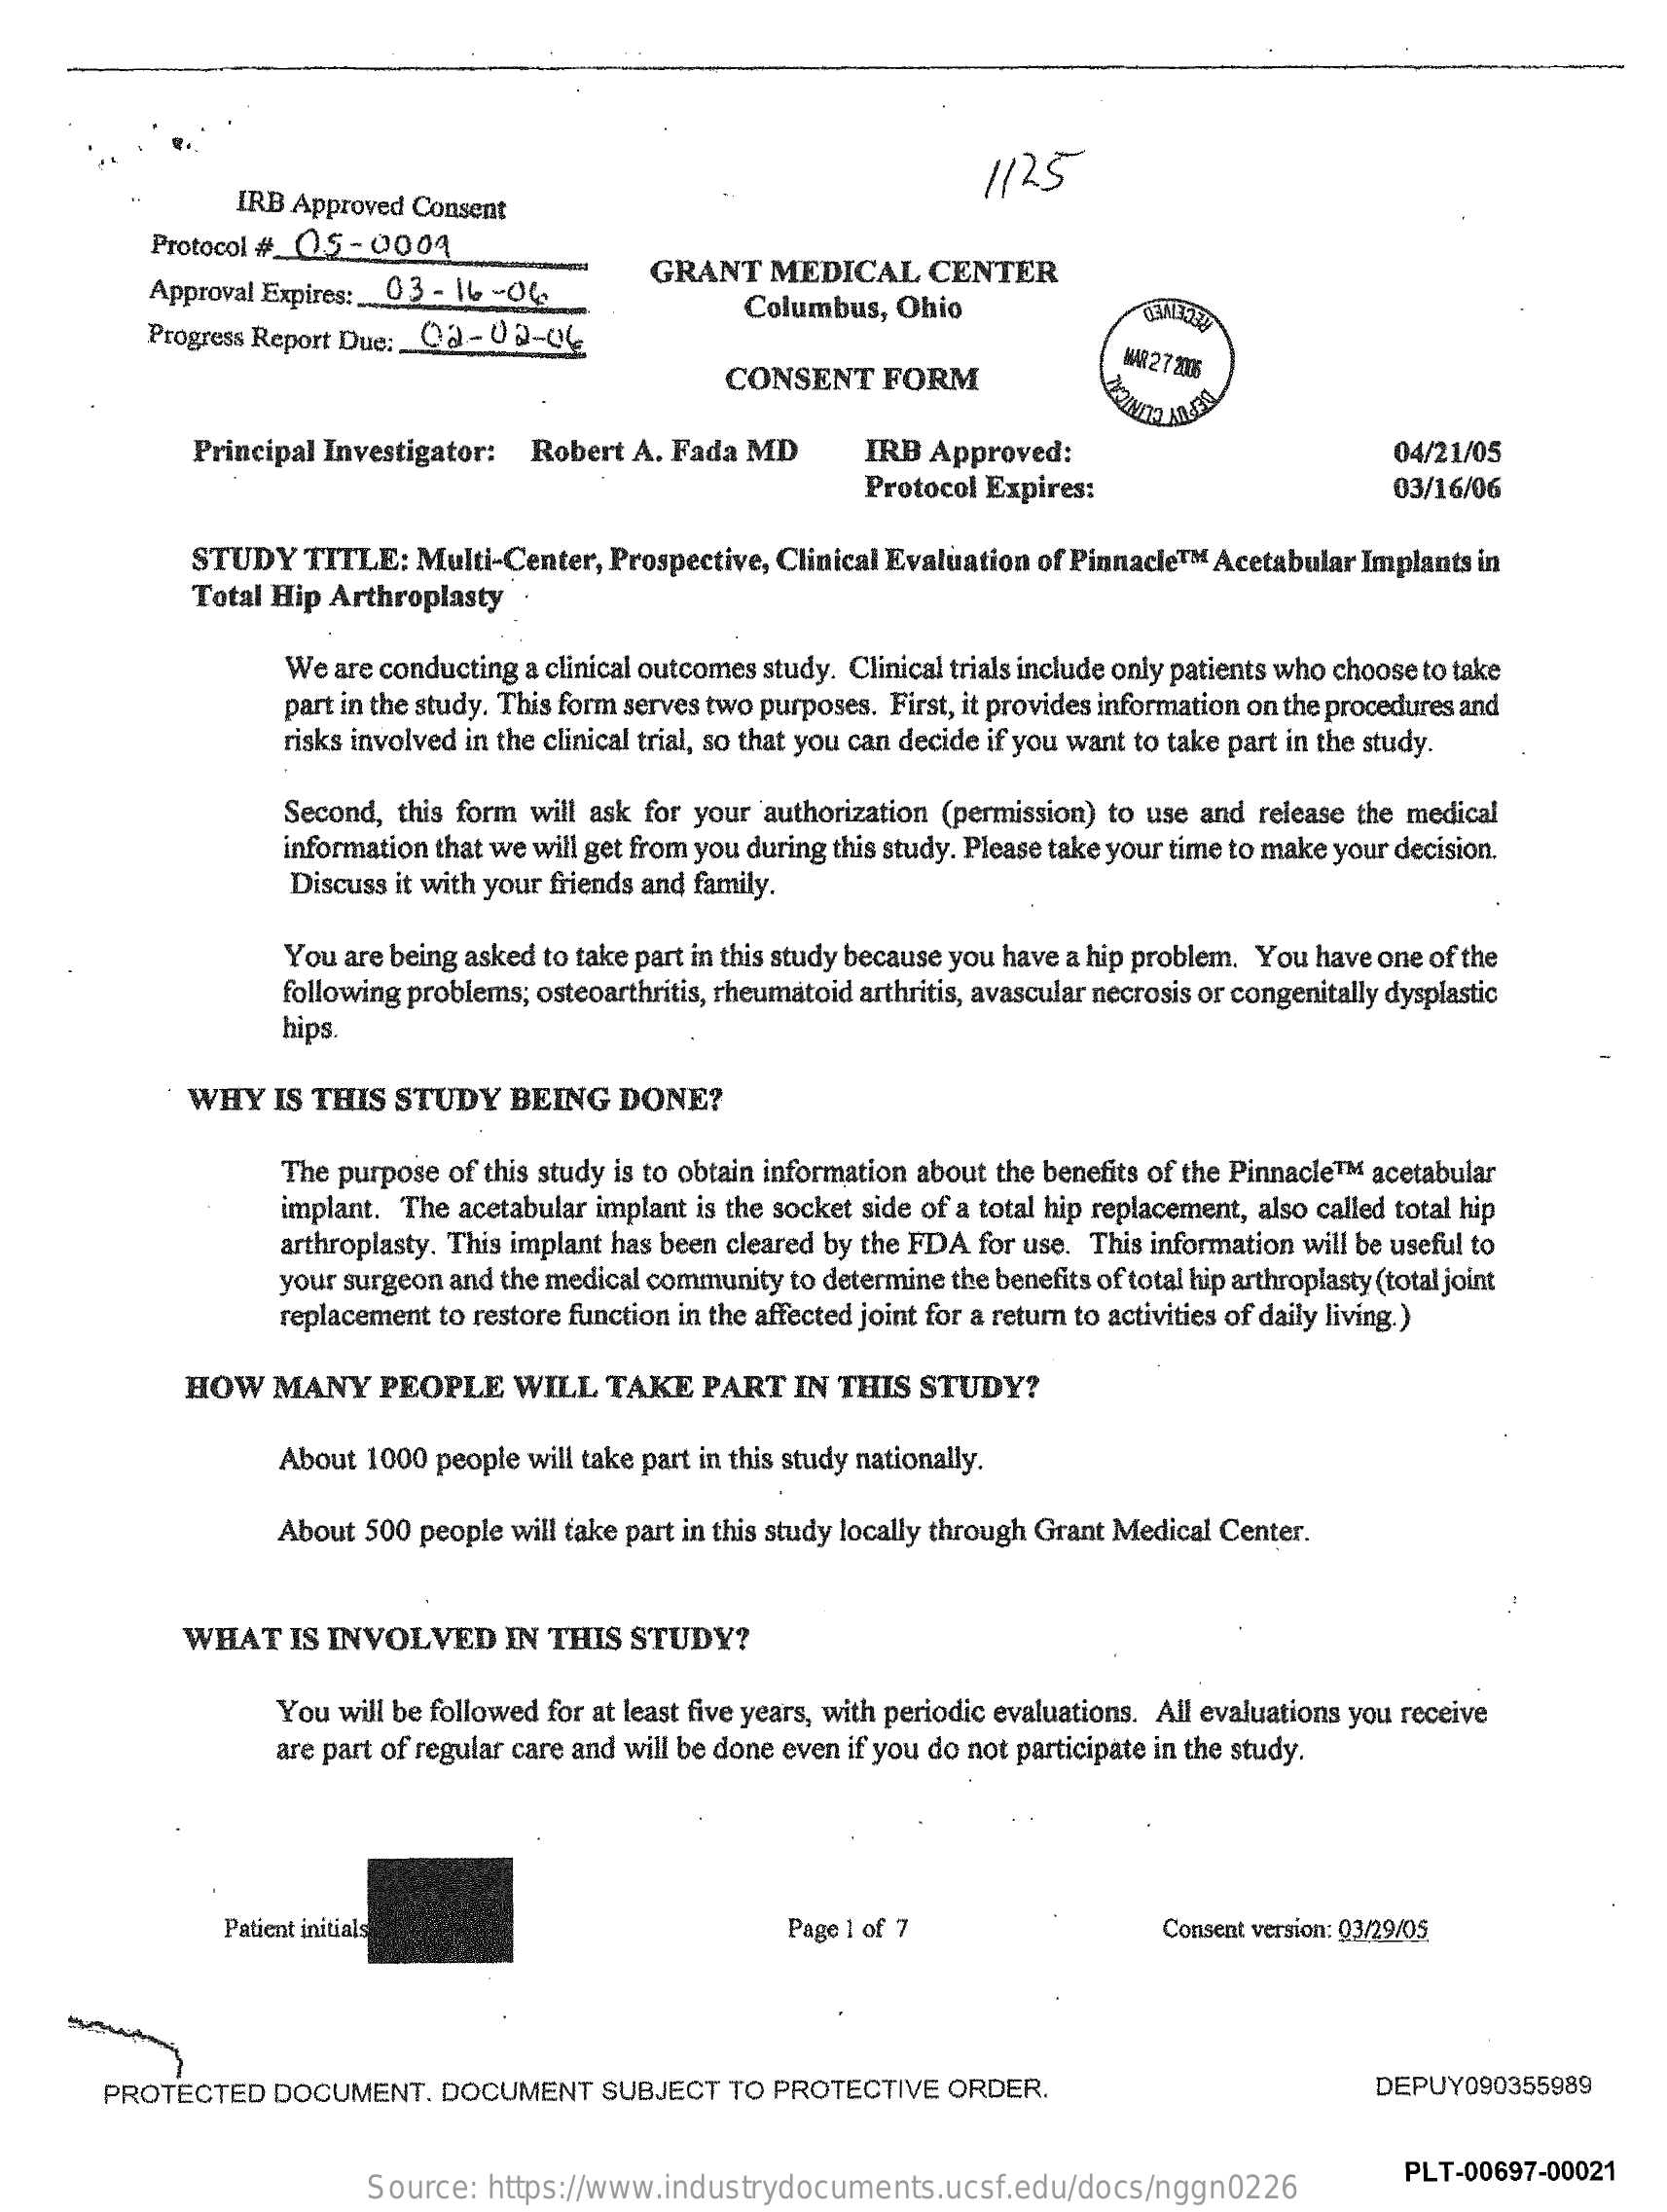
1125
     IRB Approved Consent
     Protocol # 05-0004
     Approval Expires: 03  - 16 -04
     GRANT    MEDICAL    CENTER
     Progress Report Due :_ 02-02-06
     Columbus,   Ohio
     CONSENT    FORM
     WAR 27 2006
     Principal Investigator:   Robert  A. Fada MD    IRB  Approved:    04/21/05
     Protocol Expires:    03/16/06
     STUDY    TITLE:  Multi-Center,  Prospective, Clinical Evaluation of Pinnacle ™ M Acetabular Implants in
     Total Hip Arthroplasty
     We  are conducting a clinical outcomes study. Clinical trials include only patients who choose to take
     part in the study. This form serves two purposes. First, it provides information on the procedures and
     risks involved in the clinical trial, so that you can decide if you want to take part in the study.
     Second, this form  will ask for your authorization (permission) to use and release the medical
     information that we will get from you during this study. Please take your time to make your decision.
     Discuss it with your friends and family.
     You are being asked to take part in this study because you have a hip problem. You have one of the
     following problems; osteoarthritis, rheumatoid arthritis, avascular necrosis or congenitally dysplastic
     hips.
     WHY   IS THIS  STUDY    BEING    DONE?
     The purpose of this study is to obtain information about the benefits of the Pinnacle ™ M acetabular
     implant. The acetabular implant is the socket side of a total hip replacement, also called total hip
     arthroplasty. This implant has been cleared by the FDA for use. This information will be useful to
     your surgeon and the medical community to determine the benefits of total hip arthroplasty (total joint
     replacement to restore function in the affected joint for a return to activities of daily living.)
     HOW    MANY    PEOPLE    WILL   TAKE   PART   IN  THIS  STUDY?
     About 1000  people will take part in this study nationally.
     About 500 people will take part in this study locally through Grant Medical Center.
     WHAT    IS INVOLVED    IN THIS   STUDY?
     You will be followed for at least five years, with periodic evaluations. All evaluations you receive
     are part of regular care and will be done even if you do not participate in the study.
     Patient initials    Page 1 of 7    Consent version: 03/29/05
     PROTECTED    DOCUMENT.    DOCUMENT    SUBJECT   TO  PROTECTIVE   ORDER.    DEPUY090355989
     Source:  https://www.industrydocuments.ucsf.edu/docs/nggn0226
     PLT-00697-00021